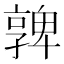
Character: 𡦟